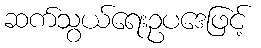
ဆက်သွယ်ရေးဥပဒေဖြင့်